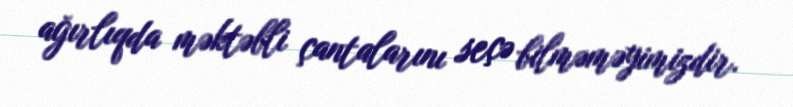
ağırlıqda məktəbli çantalarını seçə bilməməyimizdir.